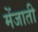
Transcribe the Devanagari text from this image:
मेंजाती